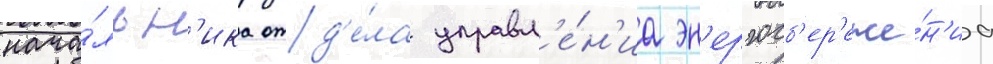
нача́льн'ика отд'е́ла управл'е́н'иа эн'ергосб'ер'еже́н'иа